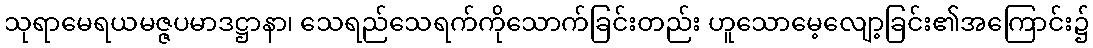
သုရာမေရယမဇ္ဇပမာဒဋ္ဌာနာ၊ သေရည်သေရက်ကိုသောက်ခြင်းတည်း ဟူသောမေ့လျော့ခြင်း၏အကြောင်း၌